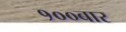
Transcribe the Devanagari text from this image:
१००बार